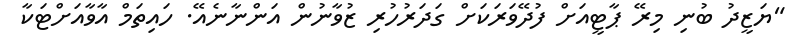
"ޔަޒީދު ބުނި މިރޭ ޕާޓީއަށް ފުދޭވަރަކަށް ގަދަރުހުރި ޒުވާނުން އަންނާނެއޭ. ހައިތަމް އާވާއަށްޓަކާ